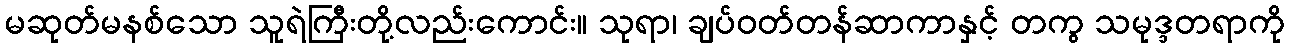
မဆုတ်မနစ်သော သူရဲကြီးတို့လည်းကောင်း။ သုရာ၊ ချပ်ဝတ်တန်ဆာကာနှင့် တကွ သမုဒ္ဒတရာကို